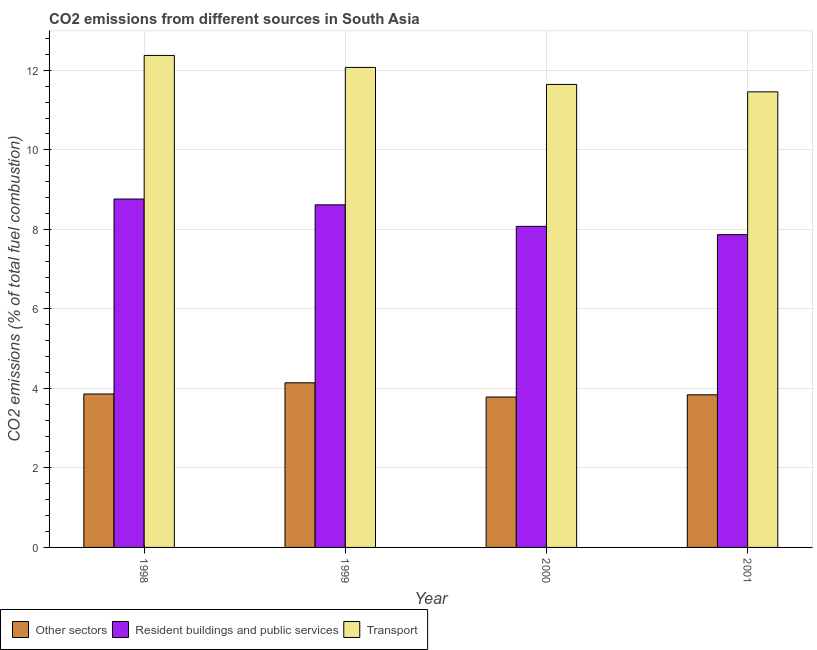
| Year | Other sectors | Resident buildings and public services | Transport |
 | --- | --- | --- | --- |
 | 1998 | 3.86 | 8.76 | 12.4 |
 | 1999 | 4.14 | 8.62 | 12.1 |
 | 2000 | 3.78 | 8.08 | 11.6 |
 | 2001 | 3.84 | 7.87 | 11.5 |